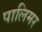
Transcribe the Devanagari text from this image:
पालिमर